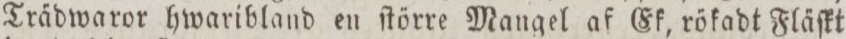
Trädwaror hwaribland en ſtörre Mangel af Ek, rökadt Fläſkt